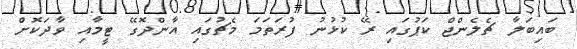
ބައިބަލާ ޗެލެންޖް ކަޕުގައި ރޭ ކުޅުނު ފުރަތަމަ މެޗުގައި އާންދޮގޭ ޓީމާއި ވާދަކޮށް